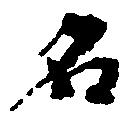
名